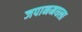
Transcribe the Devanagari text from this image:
जपानमधला